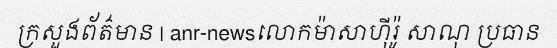
ក្រសួងព័ត៌មាន | anr-newsលោកម៉ាសាហ៊ីរ៉ូ សាណុ ប្រធាន